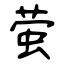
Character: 萤